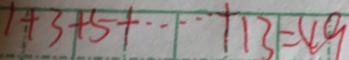
1 + 3 + 5 + \cdots + 1 3 + 4 9